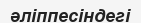
әліппесіндегі